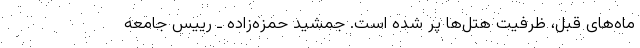
ماه‌های قبل، ظرفیت هتل‌ها پر شده است. جمشید حمزه‌زاده ـ رییس جامعه